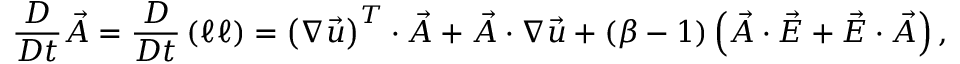
\frac { D } { D t } \vec { A } = \frac { D } { D t } \left( \boldsymbol { \ell } \boldsymbol { \ell } \right) = \left( \boldsymbol { \nabla } \vec { u } \right) ^ { T } \cdot \vec { A } + \vec { A } \cdot \boldsymbol { \nabla } \vec { u } + \left( \beta - 1 \right) \left( \vec { A } \cdot \vec { E } + \vec { E } \cdot \vec { A } \right) ,